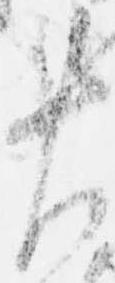
左